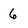
Character: 6